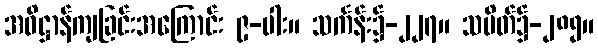
အဓိဋ္ဌာန်ကျခြင်းအကြောင်း ၉-ပါး။ သင်္ကန်း၌-၂၂၇။ သပိတ်၌-၂၈၅။